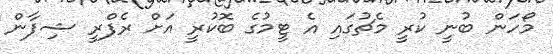
މޯހަން ބުނީ ކުރީ މެޗުގައި އެ ޓީމުގެ ބޮކުރީ އަށް ރެފްރީ ޝިފާން